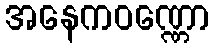
အနေကဝဏ္ဏော